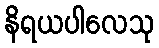
နိရယပါလေသု